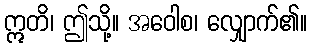
ဣတိ၊ ဤသို့။ အဝေါစ၊ လျှောက်၏။